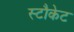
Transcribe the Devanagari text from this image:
स्टौकेट